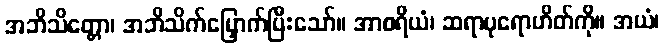
အဘိသိတ္တော၊ အဘိသိက်မြှောက်ပြီးသော်။ အာစရိယံ၊ ဆရာပုရောဟိတ်ကို။ အယံ၊